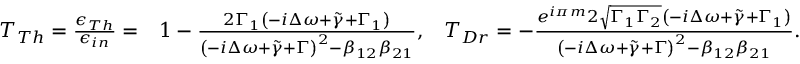
\begin{array} { r l r } { T _ { T h } = \frac { \epsilon _ { T h } } { \epsilon _ { i n } } = } & { 1 - \frac { 2 \Gamma _ { 1 } \left( - i \Delta \omega + \tilde { \gamma } + \Gamma _ { 1 } \right) } { \left( - i \Delta \omega + \tilde { \gamma } + \Gamma \right) ^ { 2 } - \beta _ { 1 2 } \beta _ { 2 1 } } , } & { T _ { D r } = - \frac { e ^ { i \pi m } 2 \sqrt { \Gamma _ { 1 } \Gamma _ { 2 } } \left( - i \Delta \omega + \tilde { \gamma } + \Gamma _ { 1 } \right) } { \left( - i \Delta \omega + \tilde { \gamma } + \Gamma \right) ^ { 2 } - \beta _ { 1 2 } \beta _ { 2 1 } } . } \end{array}